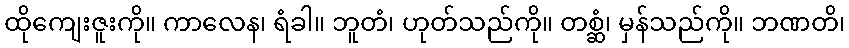
ထိုကျေးဇူးကို။ ကာလေန၊ ရံခါ။ ဘူတံ၊ ဟုတ်သည်ကို။ တစ္ဆံ၊ မှန်သည်ကို။ ဘဏတိ၊